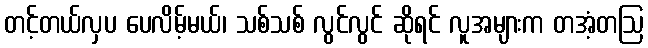
တင့်တယ်လှပ ပေလိမ့်မယ်၊ သစ်သစ် လွင်လွင် ဆိုရင် လူအများက တအံ့တဩ